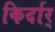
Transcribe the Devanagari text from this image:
किर्दार्